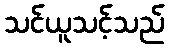
သင်ယူသင့်သည်